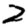
Digit: 2